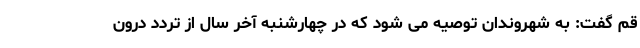
قم گفت: به شهروندان توصیه می شود که در چهارشنبه آخر سال از تردد درون